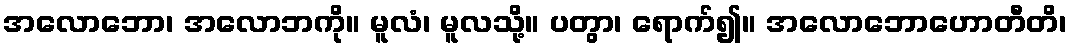
အလောဘော၊ အလောဘကို။ မူလံ၊ မူလသို့။ ပတွာ၊ ရောက်၍။ အလောဘောဟောတီတိ၊